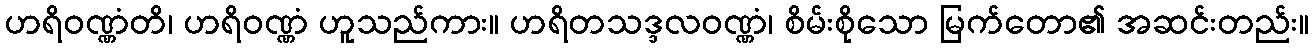
ဟရိဝဏ္ဏံတိ၊ ဟရိဝဏ္ဏံ ဟူသည်ကား။ ဟရိတသဒ္ဒလဝဏ္ဏံ၊ စိမ်းစိုသော မြက်တော၏ အဆင်းတည်း။